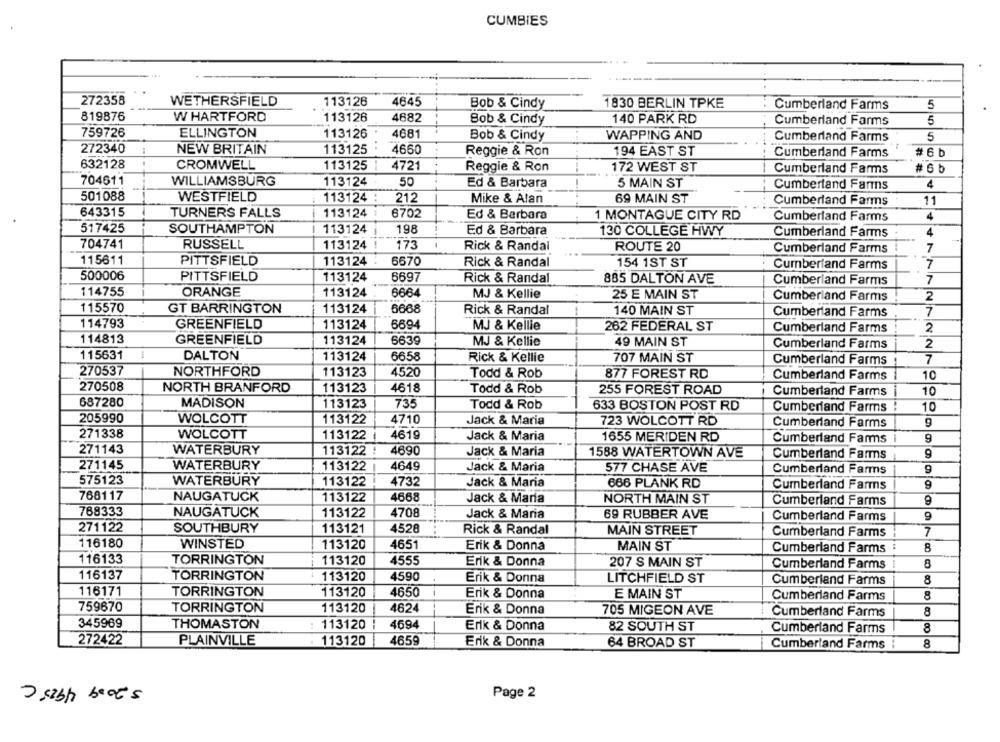
CUMBIES
272358
WETHERSFIELD
113126
4645
Bob & Cindy
1830 BERLIN TPKE
Cumberland Farms
5
819876
W HARTFORD
113126
4682
140 PARK RD
Bob & Cindy
Cumberland Farms
5
759726
ELLINGTON
113126
4681
Bob & Cindy
WAPPING AND
Cumberland Farms
5
272340
NEW BRITAIN
113125
4650
Reggie & Ron
194 EAST ST
Cumberland Farms
# 6 b
632128
CROMWELL
113125
4721
Reggie & Ron
172 WEST ST
Cumberland Farms
# 6 b
704611
WILLIAMSBURG
113124
50
Ed & Barbara
5 MAIN ST
Cumberland Farms
4
501088
WESTFIELD
113124
212
Mike & Alan
69 MAIN ST
Cumberland Farms
11
643315
TURNERS FALLS
113124
6702
Ed & Barbara
1 MONTAGUE CITY RD
4
Cumberland Farms
517425
SOUTHAMPTON
113124
198
Ed & Barbara
130 COLLEGE HWY
Cumberland Farms
4
704741
RUSSELL
113124
173
Rick & Randai
ROUTE 20
Cumberland Farms
7
115611
PITTSFIELD
113124
6670
Rick & Randal
154 1ST ST
Cumberland Farms
7
500006
PITTSFIELD
113124
6697
Rick & Randal
885 DALTON AVE
Cumberland Farms
7
114755
ORANGE
113124
6664
MJ & Kellie
25 E MAIN ST
Cumberland Farms
2
115570
GT BARRINGTON
113124
6668
Rick & Randal
140 MAIN ST
7
Cumberland Farms
114793
GREENFIELD
113124
6694
MJ & Kellie
262 FEDERAL ST
Cumberland Farms
2
114813
GREENFIELD
113124
6639
MJ & Kellie
49 MAIN ST
Cumberland Farms
2
115631
DALTON
113124
6658
Rick & Kellie
707 MAIN ST
Cumberland Farms
7
270537
NORTHFORD
113123
4520
Todd & Rob
877 FOREST RD
Cumberland Farms
10
270508
NORTH BRANFORD
113123
4618
Todd & Rob
255 FOREST ROAD
Cumberland Farms
10
687280
MADISON
113123
735
Todd & Rob
633 BOSTON POST RD
Cumberland Farms
10
205990
WOLCOTT
113122
4710
Jack & Maria
723 WOLCOTT RD
Cumberland Farms
9
271338
WOLCOTT
113122
4619
Jack & Maria
1655 MERIDEN RD
9
Cumberland Farms
271143
WATERBURY
113122
4690
Jack & Maria
1588 WATERTOWN AVE
Cumberland Farms
9
271145
WATERBURY
113122
4649
Jack & Maria
577 CHASE AVE
Cumberland Farms
9
575123
WATERBURY
113122
4732
Jack & Maria
666 PLANK RD
Cumberland Farms
9
768117
NAUGATUCK
113122
4668
Jack & Maria
NORTH MAIN ST
Cumberland Farms
788333
NAUGATUCK
4708
113122
Jack & Maria
69 RUBBER AVE
Cumberland Farms
9
271122
SOUTHBURY
113121
4528
Rick & Randal
MAIN STREET
Cumberland Farms
7
116180
WINSTED
113120
4651
Erik & Donna
MAIN ST
Cumberland Farms
8
116133
TORRINGTON
113120
4555
Erik & Donna
207 S MAIN ST
Cumberland Farms
116137
TORRINGTON
113120
4590
Erik & Donna
LITCHFIELD ST
Cumberland Farms
8
116171
TORRINGTON
113120
4650
Erik & Donna
E MAIN ST
Cumberland Farms
8
759670
TORRINGTON
113120
4624
Erik & Donna
705 MIGEON AVE
Cumberland Farms
8
113120
4694
345969
THOMASTON
Erik & Donna
82 SOUTH ST
Cumberland Farms
8
272422
PLAINVILLE
113120
4659
Erik & Donna
64 BROAD ST
Cumberland Farms
8
2 sebts boots
Page 2